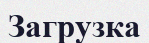
Загрузка